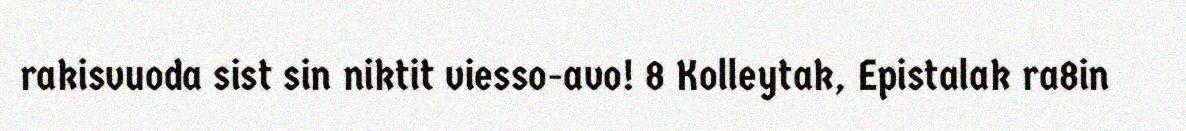
rakisvuoda sist sin niktit viesso-avo! 8 Kolleytak, Epistalak ra8in